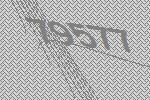
79577